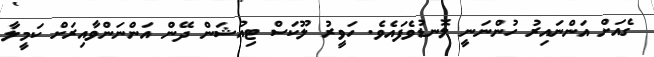
ގެއަށް އަންނައިރު ހުންނަނީ ލޮނޑުވެފައެވެ. ހަވީރު ލޫކަސް ޓިއުޝަން ދޭން އަންނަންވާއިރަށް ކަމީލާ